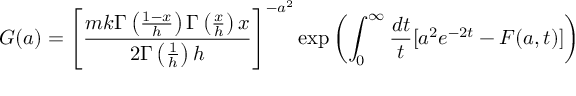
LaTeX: G ( a ) = \left[ \frac { m k \Gamma \left( \frac { 1 - x } { h } \right) \Gamma \left( \frac { x } { h } \right) x } { 2 \Gamma \left( \frac { 1 } { h } \right) h } \right] ^ { - a ^ { 2 } } \exp \left( \int _ { 0 } ^ { \infty } \frac { d t } { t } [ a ^ { 2 } e ^ { - 2 t } - F ( a , t ) ] \right)